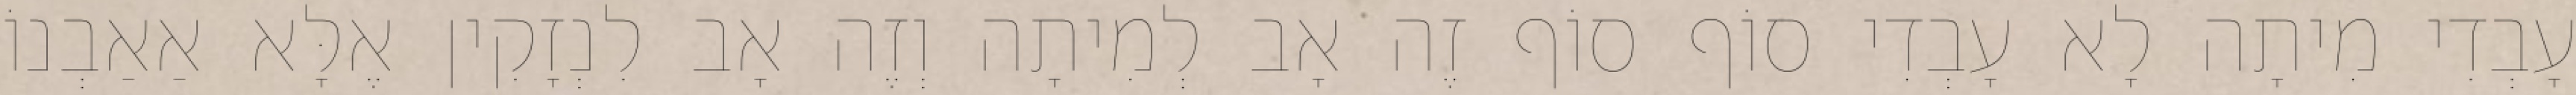
עָבְדִי מִיתָה לָא עָבְדִי סוֹף סוֹף זֶה אָב לְמִיתָה וְזֶה אָב לִנְזָקִין אֶלָּא אַאַבְנוֹ